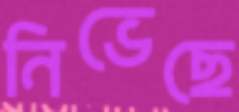
নিভেছে